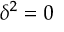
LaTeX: \delta ^ { 2 } = 0